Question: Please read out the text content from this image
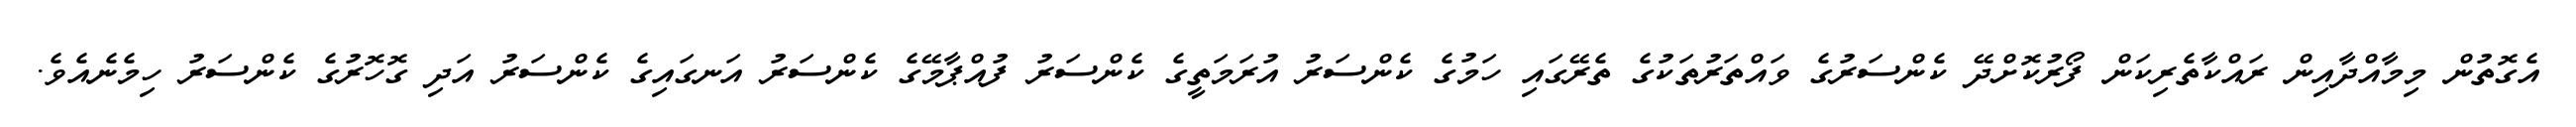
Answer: އެގޮތުން މިމާއްދާއިން ރައްކާތެރިކަން ފޯރުކޮށްދޭ ކެންސަރުގެ ވައްތަރުތަކުގެ ތެރޭގައި ހަމުގެ ކެންސަރު އުރަމަތީގެ ކެންސަރު ފުއްޕާމޭގެ ކެންސަރު އަނގައިގެ ކެންސަރު އަދި ގޮހޮރުގެ ކެންސަރު ހިމެނެއެވެ.